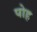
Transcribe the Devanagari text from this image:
पोह